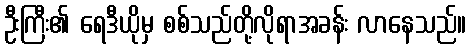
ဦးကြီး၏ ရေဒီယိုမှ စစ်သည်တို့လိုရာအခန်း လာနေသည်။